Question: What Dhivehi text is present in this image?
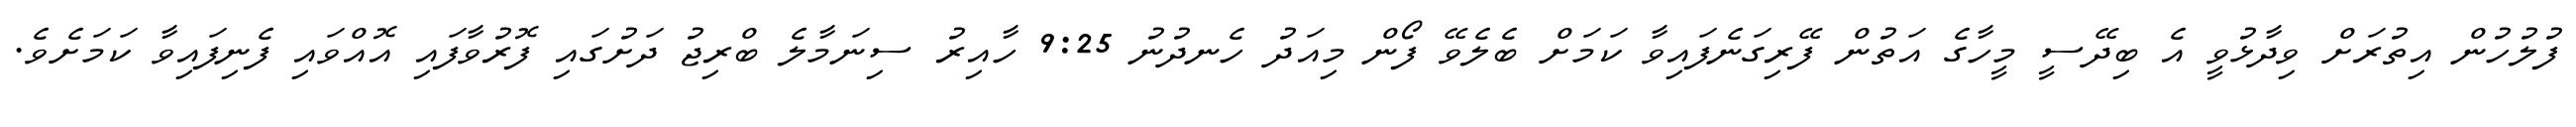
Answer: ފުލުހުން އިތުރަށް ވިދާޅުވީ އެ ބިދޭސީ މީހާގެ އަތުން ފޭރިގަނެފައިވާ ކަމަށް ބެލެވޭ ފޯން މިއަދު ހެނދުނު 9:25 ހާއިރު ސިނަމާލެ ބްރިޖު ދަށުގައި ފޮރުވާފައި އޮއްވައި ފެނިފައިވާ ކަމަށެވެ.